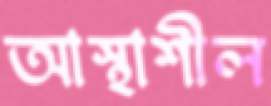
আস্থাশীল